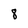
Character: 8